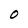
Character: O